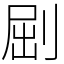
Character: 𠜾